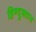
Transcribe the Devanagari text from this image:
हिण्दुस्तान